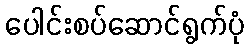
ပေါင်းစပ်ဆောင်ရွက်ပုံ